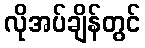
လိုအပ်ချိန်တွင်